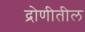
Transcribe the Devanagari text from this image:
द्रोणीतील